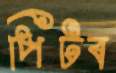
পিটব